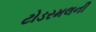
ટોડરમલની